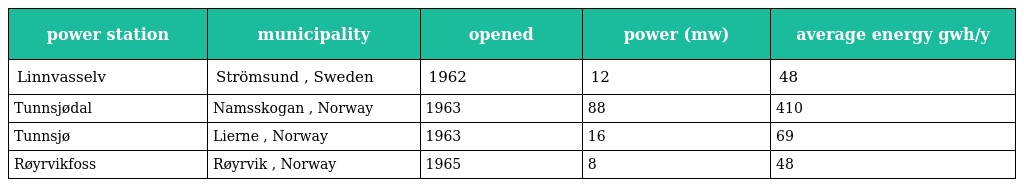
| power station | municipality | opened | power (mw) | average energy gwh/y |
 | --- | --- | --- | --- | --- |
 | Linnvasselv | Strömsund , Sweden | 1962 | 12 | 48 |
 | Tunnsjødal | Namsskogan , Norway | 1963 | 88 | 410 |
 | Tunnsjø | Lierne , Norway | 1963 | 16 | 69 |
 | Røyrvikfoss | Røyrvik , Norway | 1965 | 8 | 48 |